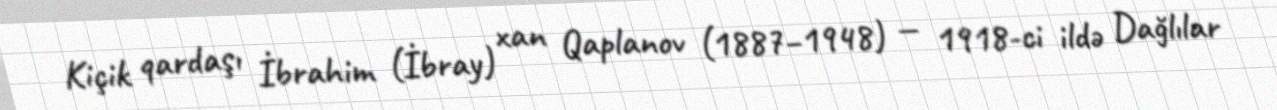
Kiçik qardaşı İbrahim (İbray) xan Qaplanov (1887–1948) — 1918-ci ildə Dağlılar